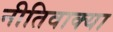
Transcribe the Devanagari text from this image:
नीतिवाक्या